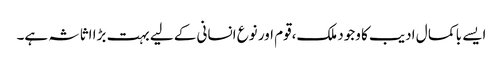
ایسے با کما ل ادیب کا وجود ملک،قوم اور نوع انسانی کے لیے بہت بڑا اثاثہ ہے۔